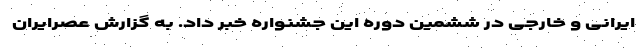
ایرانی و خارجی در ششمین دوره این جشنواره خبر داد. به گزارش عصرایران